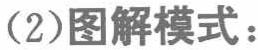
(2)图解模式：